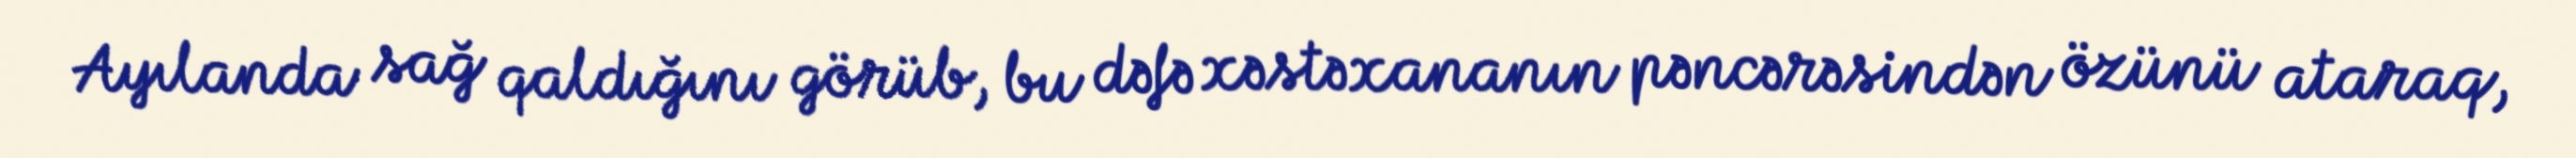
Ayılanda sağ qaldığını görüb, bu dəfə xəstəxananın pəncərəsindən özünü ataraq,